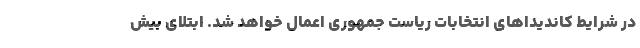
در شرایط کاندیداهای انتخابات ریاست جمهوری اعمال خواهد شد. ابتلای بیش